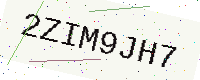
Text: 2ZIM9JH7